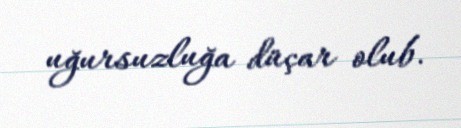
uğursuzluğa düçar olub.